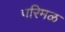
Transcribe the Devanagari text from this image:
परिमळ